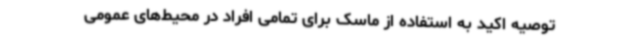
توصیه اکید به استفاده از ماسک برای تمامی افراد در محیط‌های عمومی